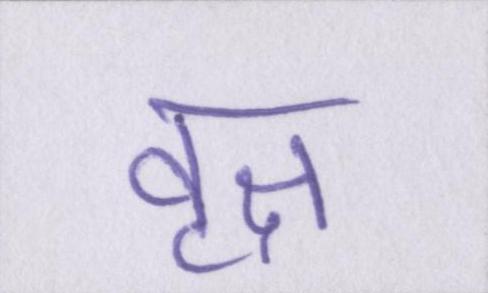
वृक्ष